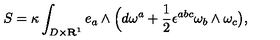
S = \kappa \int _ { D \times { \bf R } ^ { 1 } } e _ { a } \wedge \Bigl ( d \omega ^ { a } + { \frac { 1 } { 2 } } \epsilon ^ { a b c } \omega _ { b } \wedge \omega _ { c } \bigr ) ,